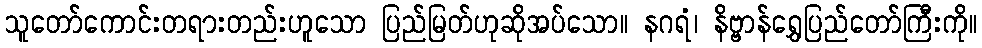
သူတော်ကောင်းတရားတည်းဟူသော ပြည်မြတ်ဟုဆိုအပ်သော။ နဂရံ၊ နိဗ္ဗာန်ရွှေပြည်တော်ကြီးကို။